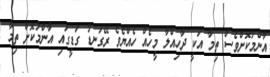
އާންމުކޮށްވެސް ތިމާ އަކީ ދާހިއްލާ މީހެއް ހެއްޔެވެ ރޭގަނޑު ގަޑީގައި އާންމުކޮށް ތިމާ